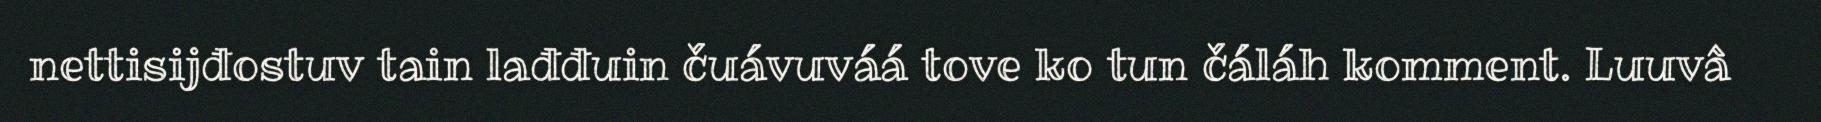
nettisijđostuv tain lađđuin čuávuváá tove ko tun čáláh komment. Luuvâ